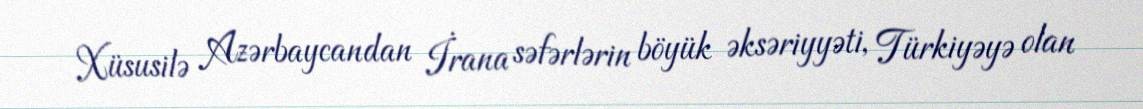
Xüsusilə Azərbaycandan İrana səfərlərin böyük əksəriyyəti, Türkiyəyə olan